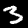
Label: 3